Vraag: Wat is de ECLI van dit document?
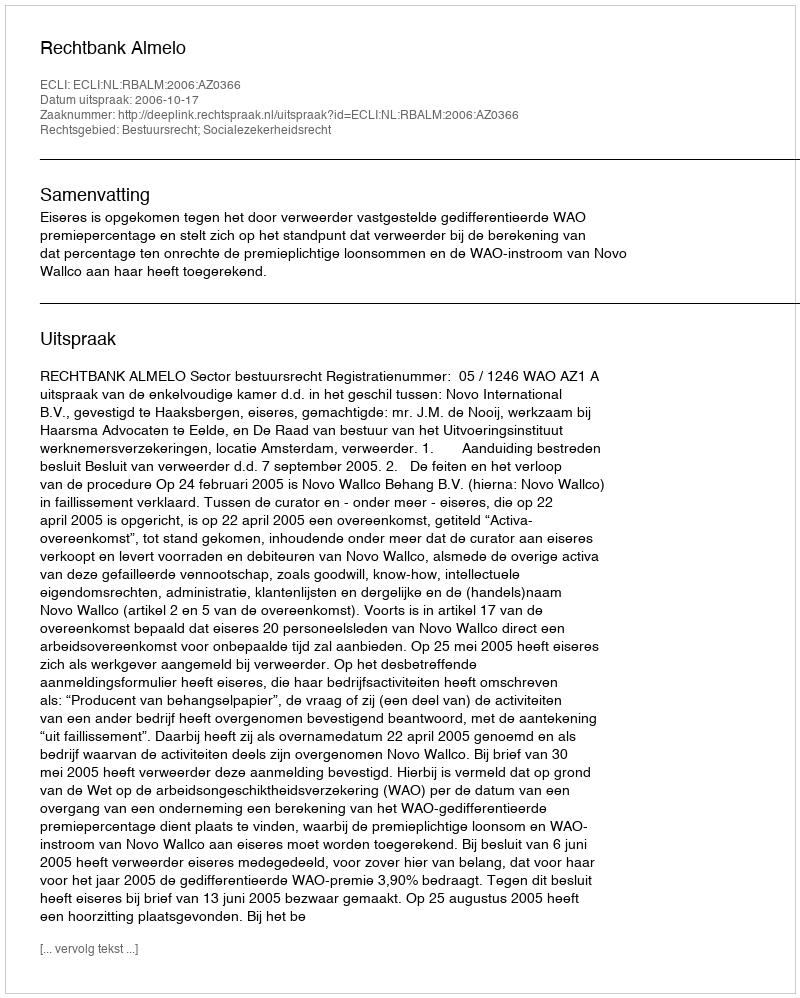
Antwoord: ECLI:NL:RBALM:2006:AZ0366